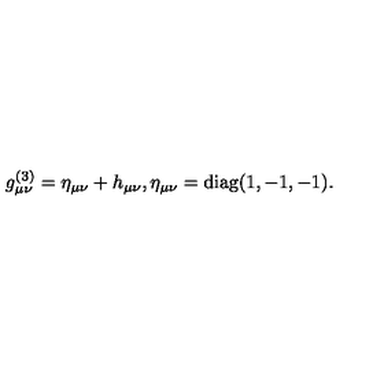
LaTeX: g _ { \mu \nu } ^ { ( 3 ) } = \eta _ { \mu \nu } + h _ { \mu \nu } , \eta _ { \mu \nu } = \mathrm { d i a g } ( 1 , - 1 , - 1 ) .